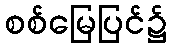
စစ်မြေပြင်၌